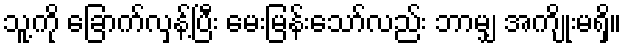
သူ့ကို ခြောက်လှန့်ပြီး မေးမြန်းသော်လည်း ဘာမျှ အကျိုးမရှိ။